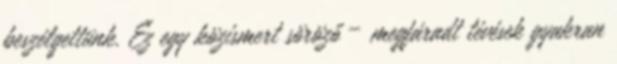
beszélgettünk. Ez egy közismert söröző – megfáradt tévések gyakran